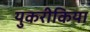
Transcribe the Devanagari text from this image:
युकरीकिया